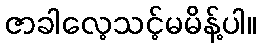
ဇာခါလေ့သင့်မမိန့်ပါ။